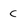
Character: C